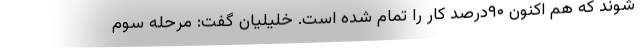
شوند که هم اکنون ۹۰درصد کار را تمام شده است. خلیلیان گفت: مرحله سوم